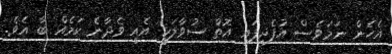
އެހެން ނަމަވެސް އުފެދިފައި އޮތް ސުވާލަކީ އެއީ ވެދާނެ ކަމެއް ބާ އެވެ.